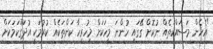
"އެހެން މަސައްކަތެއް ނުކޮށް ގޭގައި ހުންނަ މީހަކަށް މިހުރިހާ ކަންތަކެއް ކުރުމަކީ އުދަގޫކަމަކަށް